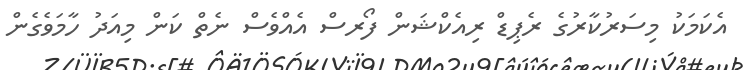
އެކަމަކު މިސަރުކާރުގެ ރެޕިޑް ރިއެކްޝަން ފޯރސް އެއްވެސް ނެތް ކަން މިއަދު ހާމަވެގެން